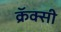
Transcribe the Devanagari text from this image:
क्रॅक्सी